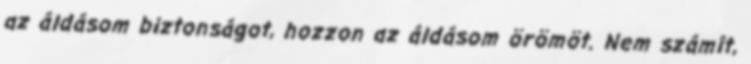
az áldásom biztonságot, hozzon az áldásom örömöt. Nem számít,